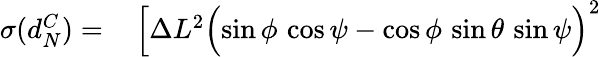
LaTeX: \begin{array}{rl}{\sigma(d_{N}^{C})=}&{{}\, \Bigl[\Delta L^{2}\Bigl(\sin\phi\, \cos\psi-\cos\phi\, \sin\theta\, \sin\psi\Bigr)^{2}}\end{array}